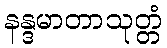
နန္ဒမာတာသုတ္တံ